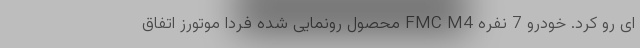
ای رو کرد. خودرو 7 نفره FMC M4 محصول رونمایی شده فردا موتورز اتفاق